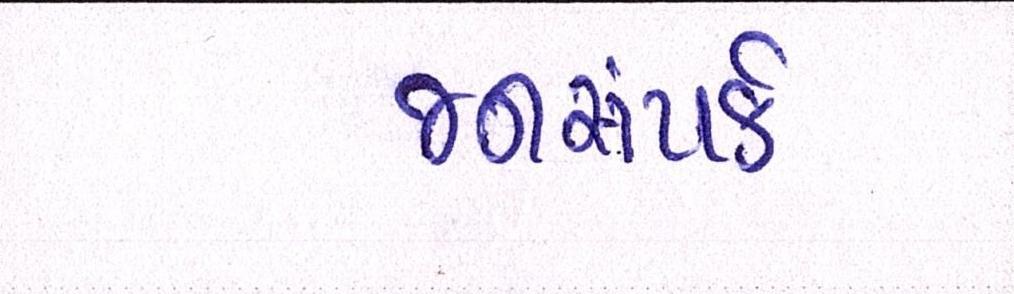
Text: જનસંપર્ક